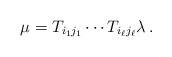
LaTeX: \begin{align*}\mu = T_{i_1 j_1} \cdots T_{i_\ell j_\ell} \lambda \, .\end{align*}